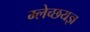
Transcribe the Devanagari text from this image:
म्लेच्छयज्ञ